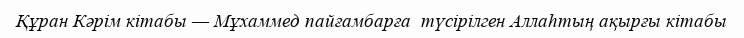
Құран Кәрім кітабы — Мұхаммед пайғамбарға  түсірілген Аллаһтың ақырғы кітабы